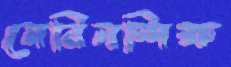
মেরিনশিক্ষ